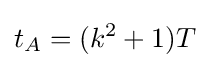
t_{A}=(k^{2}+1)T